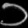
Digit: ၁